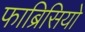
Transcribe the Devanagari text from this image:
फाब्रिसियो